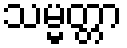
သမ္မတ္တာ